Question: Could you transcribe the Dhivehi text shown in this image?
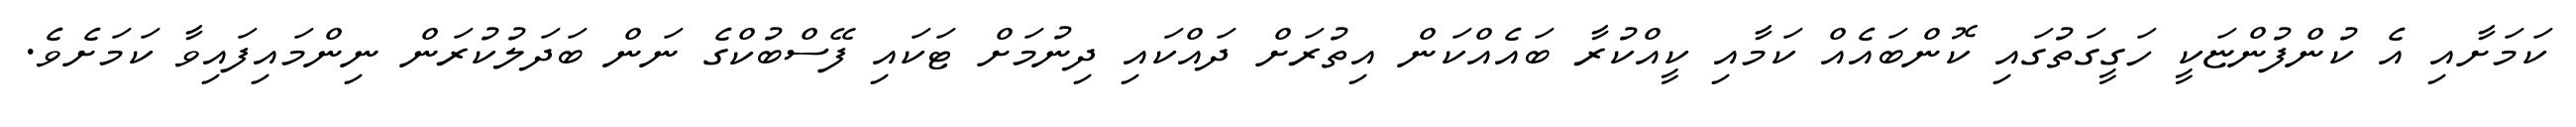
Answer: ކަމަށާއި އެ ކުންފުންޏަކީ ހަގީގަތުގައި ކޮންބައެއް ކަމާއި ކީއްކުރާ ބައެއްކަން އިތުރަށް ދައްކައި ދިނުމަށް ޓަކައި ފޭސްބުކްގެ ނަން ބަދަލުކުރަން ނިންމައިފައިވާ ކަމަށެވެ.